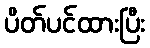
ပိတ်ပင်ထားပြီး